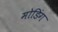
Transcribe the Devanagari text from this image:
मोडिंग